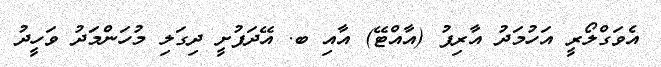
އެވަގްލޯރީ އަހުމަދު އާރިފު (އާއްޓޭ) އާއި ބ. އޭދަފުށީ ދިގަލި މުހަންމަދު ވަހީދު